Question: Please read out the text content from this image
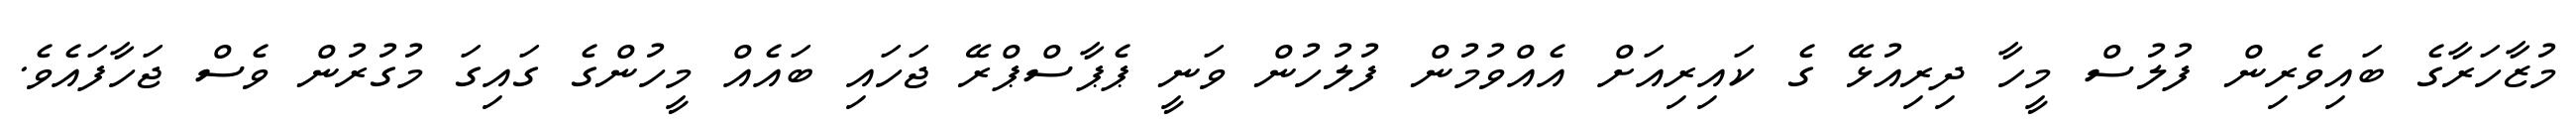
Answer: މުޒާހަރާގެ ބައިވެރިން ފުލުސް މީހާ ދިރިއުޅޭ ގެ ކައިރިއަށް އެއްވުމުން ފުލުހުން ވަނީ ޕެޕާސްޕްރޭ ޖަހައި ބައެއް މީހުންގެ ގައިގަ މުގުރުން ވެސް ޖަހާފައެވެ.